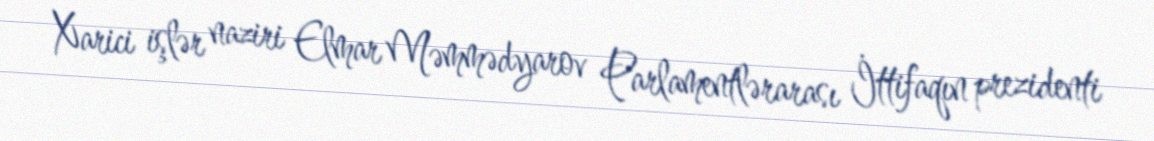
Xarici işlər naziri Elmar Məmmədyarov Parlamentlərarası İttifaqın prezidenti